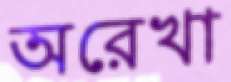
অরেখা